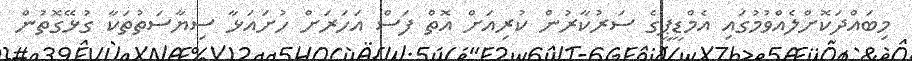
މިބައްދަކޮށްލެއްވުމުގައި އެމްޑީޕީގެ ސަރުކާރުން ކުރިއަށް އޮތް ފަސް އަހަރަށް ހުށައަޅާ ސިޔާސަތުތަކާ ގުޅޭގޮތުން